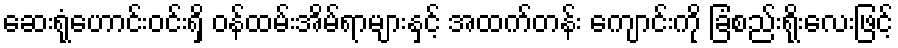
ဆေးရုံဟောင်းဝင်းရှိ ဝန်ထမ်းအိမ်ရာများနှင့် အထက်တန်း ကျောင်းကို ခြံစည်းရိုးလေးဖြင့်